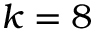
k = 8